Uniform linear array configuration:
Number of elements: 4
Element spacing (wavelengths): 0.25
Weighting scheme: cosine
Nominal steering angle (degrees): -30
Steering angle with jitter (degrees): -31.614
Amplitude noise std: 0.05
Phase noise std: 0.05

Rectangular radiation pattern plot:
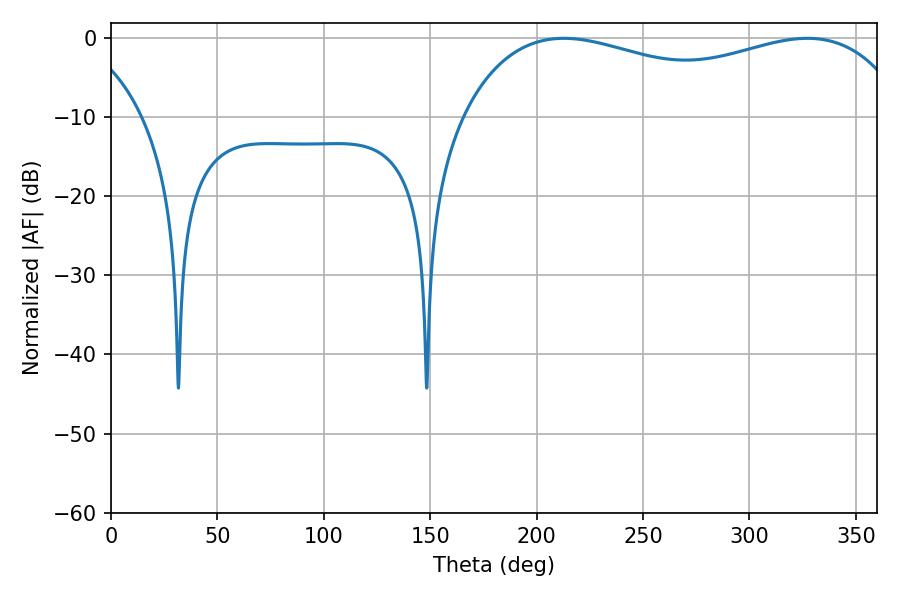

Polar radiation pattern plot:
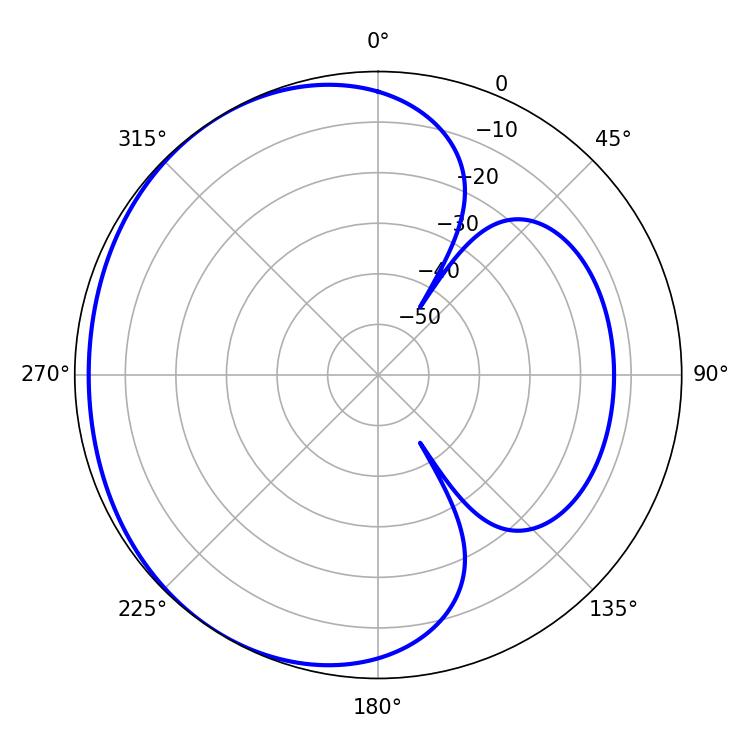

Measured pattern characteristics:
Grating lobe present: FALSE
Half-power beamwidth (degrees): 172.44
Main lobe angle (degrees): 212.76